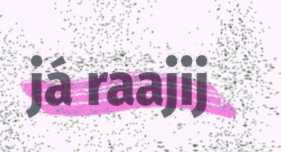
já raajij